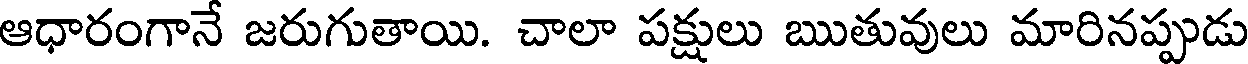
ఆధారంగానే జరుగుతాయి. చాలా పక్షులు ఋతువులు మారినప్పుడు